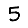
Digit: 5